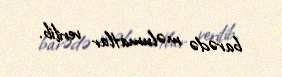
barədə məlumatlar verilib.